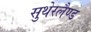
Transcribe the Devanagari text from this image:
सुथेरलैण्ड